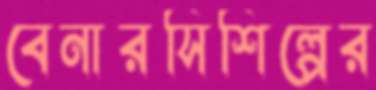
বেনারসিশিল্পের